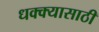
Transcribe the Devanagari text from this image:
धक्क्यासाठी